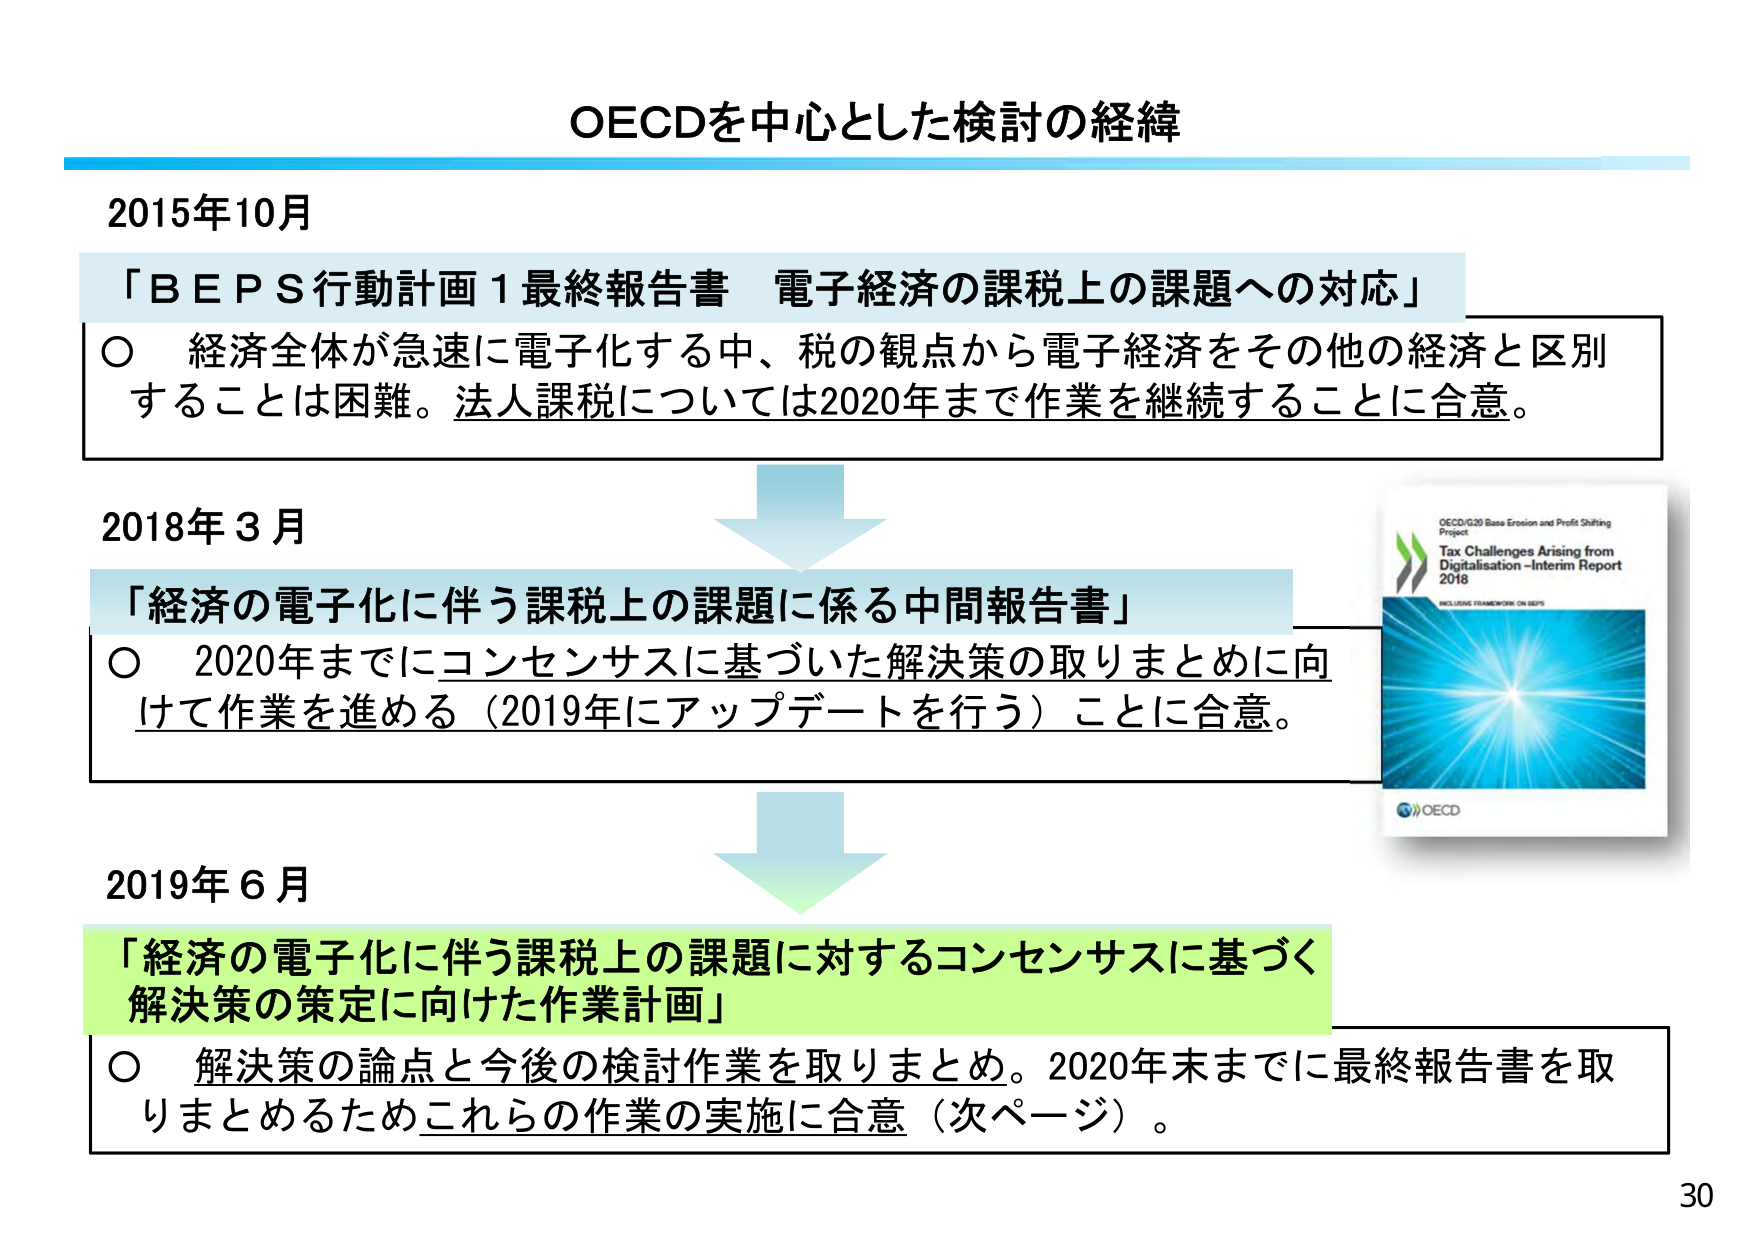
OECDを中心とした検討の経緯

2015年10月
「B E P S 行動計画 1 最終報告書 電子経済の課税上の課題への対応」
○ 経済全体が急速に電子化する中、税の観点から電子経済をその他の経済と区別することは困難。法人課税については2020年まで作業を継続することに合意。

2018年3月
「経済の電子化に伴う課税上の課題に係る中間報告書」
○ 2020年までにコンセンサスに基づいた解決策の取りまとめに向けて作業を進める（2019年にアップデートを行う）ことに合意。

2019年6月
「経済の電子化に伴う課税上の課題に対するコンセンサスに基づく解決策の策定に向けた作業計画」
○ 解決策の論点と今後の検討作業を取りまとめ。2020年末までに最終報告書を取りまとめるためこれらの作業の実施に合意（次ページ）。

OECD/G20 Base Erosion and Profit Shifting Project
Tax Challenges Arising from Digitalisation - Interim Report 2018
INCLUSIVE FRAMEWORK ON BEPS
OECD

30